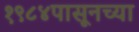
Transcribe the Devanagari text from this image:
१९८४पासूनच्या